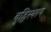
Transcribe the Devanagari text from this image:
बुद्धिस्थरूप